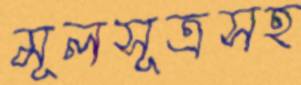
মূলসূত্রসহ